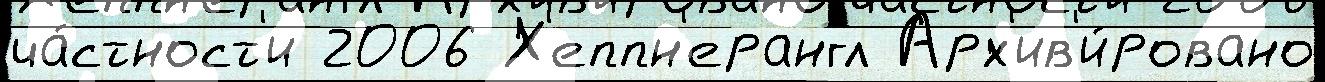
ча́стност'и 2006 Х'еппн'ерангл Арх'ив'и́ровано